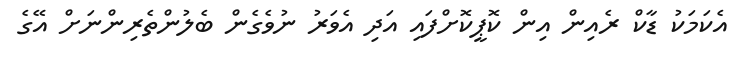
އެކަމަކު ޑާކް ރެއިން އިން ކޮޕީކޮށްފައި އަދި އެވަރު ނުވެގެން ބެލުންތެރިންނަށް އޭގެ